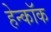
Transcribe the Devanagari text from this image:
हेन्कॉक